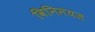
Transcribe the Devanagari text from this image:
विनिमयज